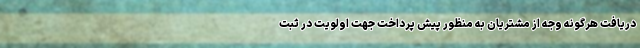
دریافت هرگونه وجه از مشتریان به منظور پیش پرداخت جهت اولویت در ثبت